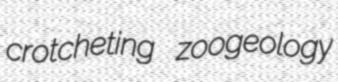
crotcheting zoogeology